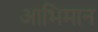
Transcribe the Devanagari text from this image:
आभिमान